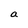
Character: a